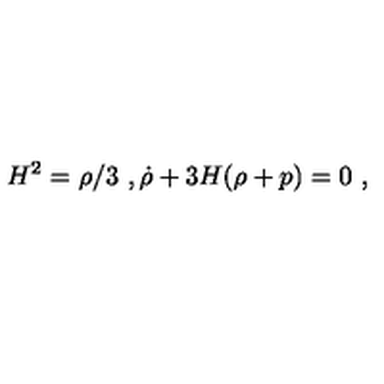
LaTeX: H ^ { 2 } = \rho / 3 \ , \dot { \rho } + 3 H ( \rho + p ) = 0 \ ,